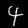
Digit: 4